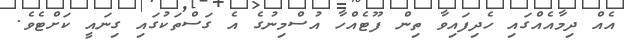
އެއް ދިމާއެއްގައި ހެދިފައިވާ ތިން ފޫޓެއްހާ އުސްމިނުގެ އެ ގަސްތަކުގައި ގިނައީ ކަށްޓެވެ.